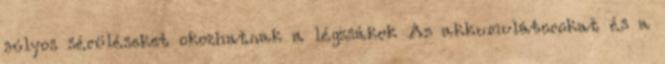
súlyos sérüléseket okozhatnak a légzsákok Az akkumulátorokat és a